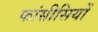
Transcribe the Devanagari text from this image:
फांसीसियों